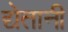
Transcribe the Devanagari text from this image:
द्येतानी